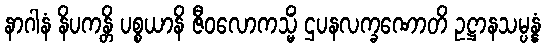
နာဂါနံ နိပကန္တိ ပစ္စယာနိ ဇီဝလောကသ္မိံ ဌပနလက္ခဏောတိ ဥဋ္ဌာနသမ္ပန္နံ